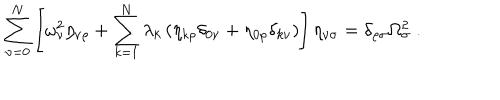
LaTeX: \sum _ { \nu = 0 } ^ { N } \left[ \omega _ { \nu } ^ { 2 } \eta _ { \nu \rho } + \sum _ { k = 1 } ^ { N } \lambda _ { k } \left( \eta _ { k \rho } \delta _ { 0 \nu } + \eta _ { 0 \rho } \delta _ { k \nu } \right) \right] \eta _ { \nu \sigma } = \delta _ { \rho \sigma } \Omega _ { \sigma } ^ { 2 } \; .